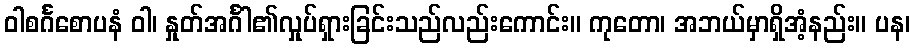
ဝါစင်္ဂစောပနံ ဝါ၊ နှုတ်အင်္ဂါ၏လှုပ်ရှားခြင်းသည်လည်းကောင်း။ ကုတော၊ အဘယ်မှာရှိအံ့နည်း။ ပန၊